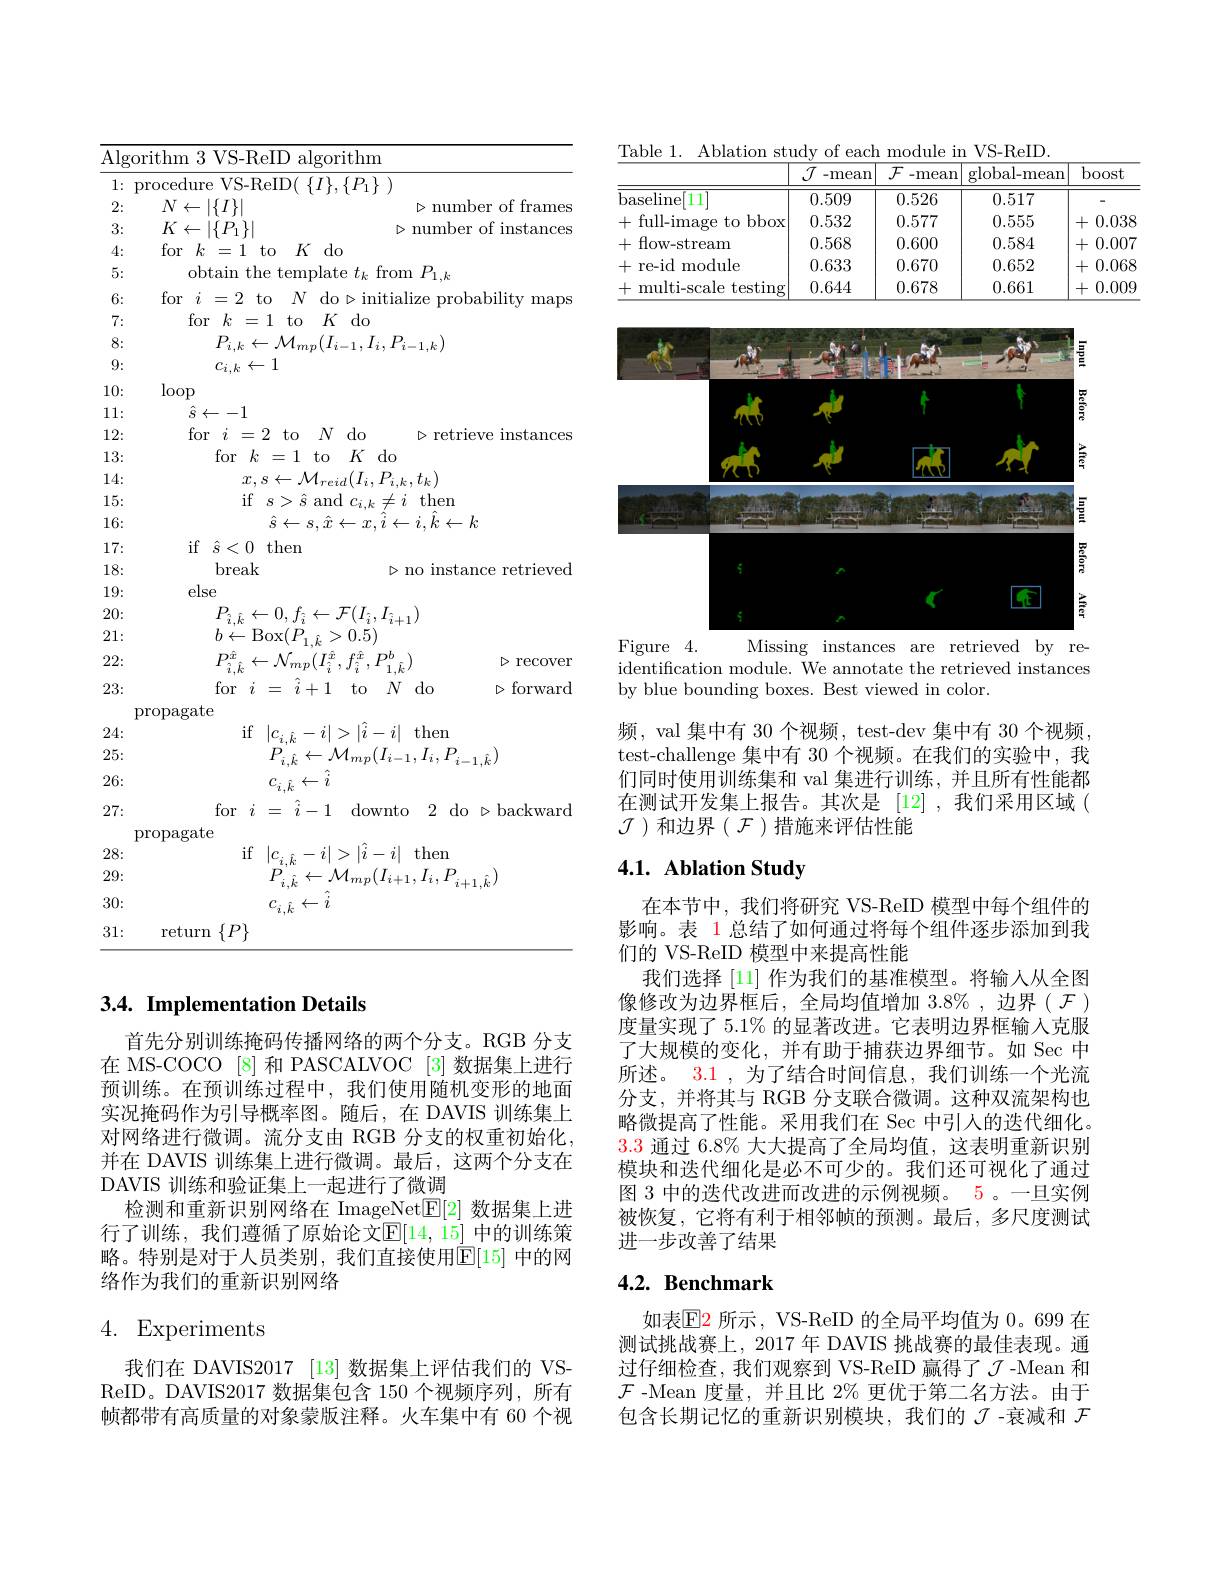
Algorithm 3 VS-ReID algorithm ${1:~\mathrm{procedure~VS-ReID(~\{I\},\{P_1\}~)}}$
$\triangleright$number of frames
2:
$N\leftarrow|\{I\}|$
3:
$\triangleright$number of instances
$K\leftarrow|\{P_1\}|$
4:
for$k=1$to$K$do
5:
obtain the template $t_k$ from $P_{1,k}$
6:
for $i=2$ to $N$ do$\triangleright$initialize probability maps
7:
for$k=1$to$K$do
8:
$P_{i,k}\leftarrow\mathcal{M}_{mp}(I_{i-1},I_{i},P_{i-1,k})$ $c_{i,k}\leftarrow1$
9: 10:
$\log$
11:
$\hat{s}\leftarrow-1$
for$i=2$to$N$do$\triangleright$retrieve instances
12:
for$k=1$to$K$do
13: 14:
$x,s\leftarrow\mathcal{M}_{reid}(I_{i},P_{i,k},t_{k})$
15:
$\mathrm{if}^{'}s>\hat{s}$ and $c_i,k\neq i$ then
16:
$\hat{s}\leftarrow s,\hat{x}\leftarrow x,\hat{i}\leftarrow i,\hat{k}\leftarrow k$
17:
if $\hat{s} < 0$then
18:
break
$\triangleright$no instance retrieved
else
19: 20:
$P_{\hat{i},\hat{k}}\leftarrow0,f_{\hat{i}}\leftarrow\mathcal{F}(I_{\hat{i}},I_{\hat{i}+1})$
21:
$b\leftarrow$Box$(P_{1,\hat{k}}>0.5)$
22:
$\triangleright$recover
$P_{\hat{i},\hat{k}}^{\hat{x}}\leftarrow\mathcal{N}_{mp}(I_{\hat{i}}^{\hat{x}},f_{\hat{i}}^{\hat{x}},P_{1,\hat{k}}^{b})$
for$i$ = $\hat{i} + 1$ to $N$do
23:
$\triangleright$ forward
propagate
24: 25:
$$\begin{aligned}&|c_{i,\hat{k}}-i|>|\hat{i}-i|\:\mathrm{then}\\&P_{i,\hat{k}}\leftarrow\mathcal{M}_{mp}(I_{i-1},I_{i},P_{i-1,\hat{k}})\\&c_{i,\hat{k}}\leftarrow\hat{i}\\&-\:\hat{i}-1\quad\mathrm{downto}\quad2\:\mathrm{do}\:\mathrm{sh}\end{aligned}$$
26: 27:
propagate
28: 29:
$$\begin{aligned}&|c_{i,\hat{k}}-i|>|\hat{i}-i|\:\mathrm{then}\\&P_{i,\hat{k}}\leftarrow\mathcal{M}_{mp}(I_{i+1},I_{i},P_{i+1,\hat{k}})\\&c_{i,\hat{k}}\leftarrow\hat{i}\end{aligned}$$
30: 31:
return $\{P\}$

## $3. 4. \textbf{Implementation Details}$

首先分别训练掩码传播网络的两个分支。RGB 分支在 MS-COCO [8] 和 PASCALVOC [3] 数据集上进行预训练。在预训练过程中，我们使用随机变形的地面实况掩码作为引导概率图。随后，在 DAVIS 训练集上对网络进行微调。流分支由 RGB 分支的权重初始化， 并在 DAVIS 训练集上进行微调。最后，这两个分支在DAVIS 训练和验证集上一起进行了微调
检测和重新识别网络在 ImageNet$\underline{\mathrm{E}}[2]$数据集上进行了训练，我们遵循了原始论文$\mathbb{E}[14,15]$ 中的训练策略。特别是对于人员类别，我们直接使用$\mathbb{E}[15]$ 中的网络作为我们的重新识别网络

# 4. Experiments

我们在 DAVIS2017 [13] 数据集上评估我们的 VSReID。DAVIS2017 数据集包含 150 个视频序列，所有帧都带有高质量的对象蒙版注释。火车集中有 60 个视

Table 1. Ablation study of each module in VS-ReID
<table>
	<tbody>
		<tr>
			<th> </th>
			<th>$\mathcal{J}$ -mean</th>
			<th>$\mathcal{F}$ -mean</th>
			<th>global- mean</th>
			<th>boost</th>
		</tr>
		<tr>
			<td>baseline[ $3\left|11\right.$</td>
			<td>0.509</td>
			<td>0.526</td>
			<td>0.517</td>
			<td>-</td>
		</tr>
		<tr>
			<td>+ full-image to bbox $\frac{1}{2}=\frac{1}{2}$</td>
			<td>0.532</td>
			<td>0.577</td>
			<td>0.555</td>
			<td>0.038 +</td>
		</tr>
		<tr>
			<td>+ fow- stream</td>
			<td>0.568</td>
			<td>0.600</td>
			<td>0.584</td>
			<td>0.007 +</td>
		</tr>
		<tr>
			<td>十 re-id module</td>
			<td>0.633</td>
			<td>0.670</td>
			<td>0.652</td>
			<td>0.068 +</td>
		</tr>
		<tr>
			<td>multi- scale ${\mathrm{s~testing}}$</td>
			<td>0.644</td>
			<td>0.678</td>
			<td>0.661</td>
			<td>0.009 +</td>
		</tr>
	</tbody>
</table>

<FigureHere>
Figure 4.
Missing instances are retrieved by re-

identification module. We annotate the retrieved instances
by blue bounding boxes. Best viewed in color.

频，val 集中有 30 个视频，test-dev 集中有 30 个视频， test-challenge 集中有 30 个视频。在我们的实验中，我们同时使用训练集和 val 集进行训练，并且所有性能都在测试开发集上报告。其次是 [12],我们采用区域( $\mathcal{J}$)和边界$(\mathcal{F})$措施来评估性能

## 4.1. Ablation Study

在本节中，我们将研究 VS-ReID 模型中每个组件的影响。表 1总结了如何通过将每个组件逐步添加到我们的 VS-ReID 模型中来提高性能
我们选择[11]作为我们的基准模型。将输人从全图像修改为边界框后，全局均值增加 3.8%,边界( $\mathcal{F}$ ) 度量实现了 5.1% 的显著改进。它表明边界框输入克服了大规模的变化，并有助于捕获边界细节。如 Sec 中所述。3.1 , 为了结合时间信息 , 我们训练一个光流分支，并将其与 RGB 分支联合微调。这种双流架构也略微提高了性能。采用我们在 Sec 中引人的迭代细化。3.3通过 6.8% 大大提高了全局均值，这表明重新识别模块和迭代细化是必不可少的。我们还可视化了通过图 3 中的洪代改讲而改讲的示例视频。5 。一日实例被恢复，它将有利于相邻帧的预测。最后，多尺度测试进一步改善了结果

# 4.2. Benchmark

如表$\operatorname{E}$2 所示，VS-ReID 的全局平均值为 0。699 在测试挑战赛上，2017 年 DAVIS 挑战赛的最佳表现。通过仔细检查，我们观察到 VS-ReID 赢得了 -Mean 和$\mathcal{F}$ -Mean 度量，并且比 2% 更优于第二名方法。由于包含长期记忆的重新识别模块，我们的$\mathcal{J}$ -衰减和$\mathcal{F}$